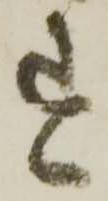
す